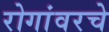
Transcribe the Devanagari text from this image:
रोगांवरचे